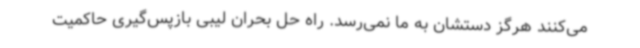
می‌کنند هرگز دستشان به ما نمی‌رسد. راه حل بحران لیبی بازپس‌گیری حاکمیت